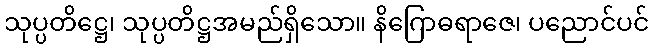
သုပ္ပတိဋ္ဌေ၊ သုပ္ပတိဋ္ဌအမည်ရှိသော။ နိဂြောဓရာဇေ၊ ပညောင်ပင်